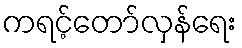
ကရင့်တော်လှန်ရေး